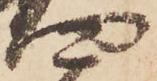
四